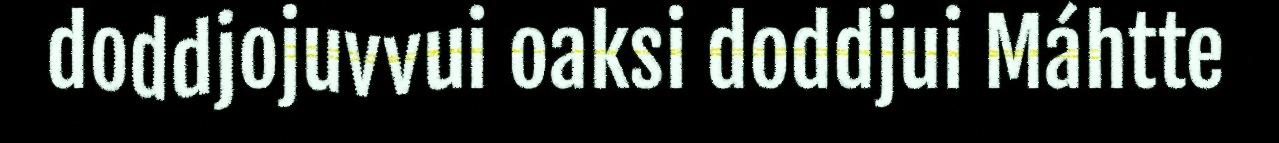
doddjojuvvui oaksi doddjui Máhtte